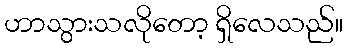
ဟာသွားသလိုတော့ ရှိလေသည်။